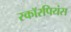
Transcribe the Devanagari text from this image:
स्कॉरपियंस